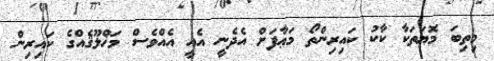
މިތިބަ މޮޔަތަކާ ކާކު ކައިރިންތޯ މަޢާފަށް އެދެނީ އެއީ އެއްވެސް މަޚްލޫޤެއްގެ ކައިރިން